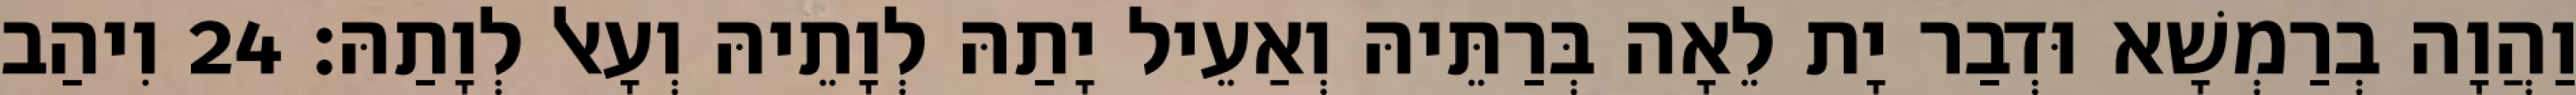
וַהֲוָה בְרַמְשָׁא וּדְבַר יָת לֵאָה בְּרַתֵּיהּ וְאַעֵיל יָתַהּ לְוָתֵיהּ וְעָאל לְוָתַהּ׃ 24 וִיהַב